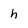
Character: h